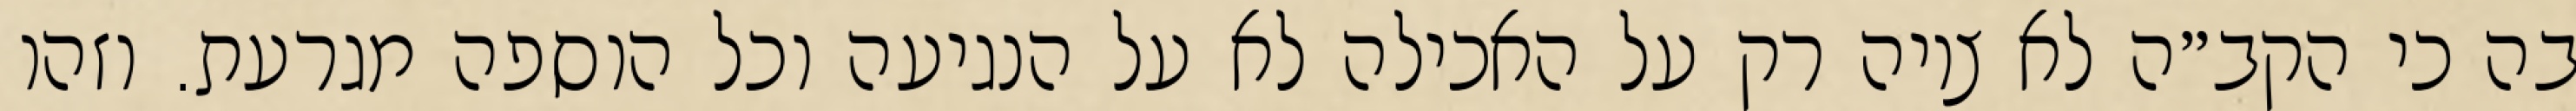
בה כי הקב״ה לא ציוה רק על האכילה לא על הנגיעה וכל הוספה מגרעת. וזהו